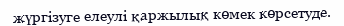
жүргізуге елеулі қаржылық көмек көрсетуде.